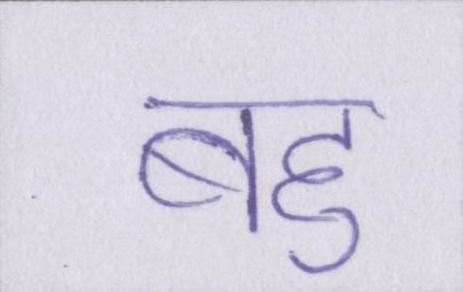
बहु